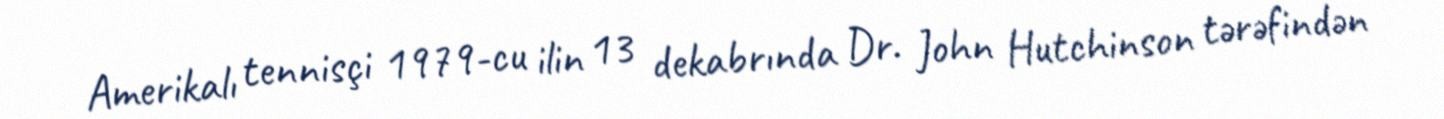
Amerikalı tennisçi 1979-cu ilin 13 dekabrında Dr. John Hutchinson tərəfindən